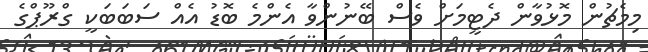
މިމެޗުން މޮޅުވާން ދެޓީމަށް ވެސް ބޭނުންވާ އެންމެ ބޮޑު އެއް ސަބަބަކީ ގްރޫޕްގެ